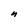
Character: n